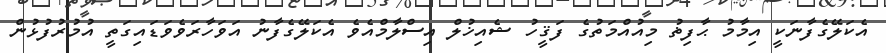
އެކަލޭގެފާނަކީ އިމާމު ޙާފިޡު މިއުއްމަތުގެ ފަޤީހު ޝެއިޚުލް އިސްލާމްއެވެ އެކަލޭގެފާނު އަވަހާރަވެވަޑައިގަތީ އުމުރުފުޅުން